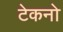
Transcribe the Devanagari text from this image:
टेकनो